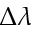
\Delta \lambda